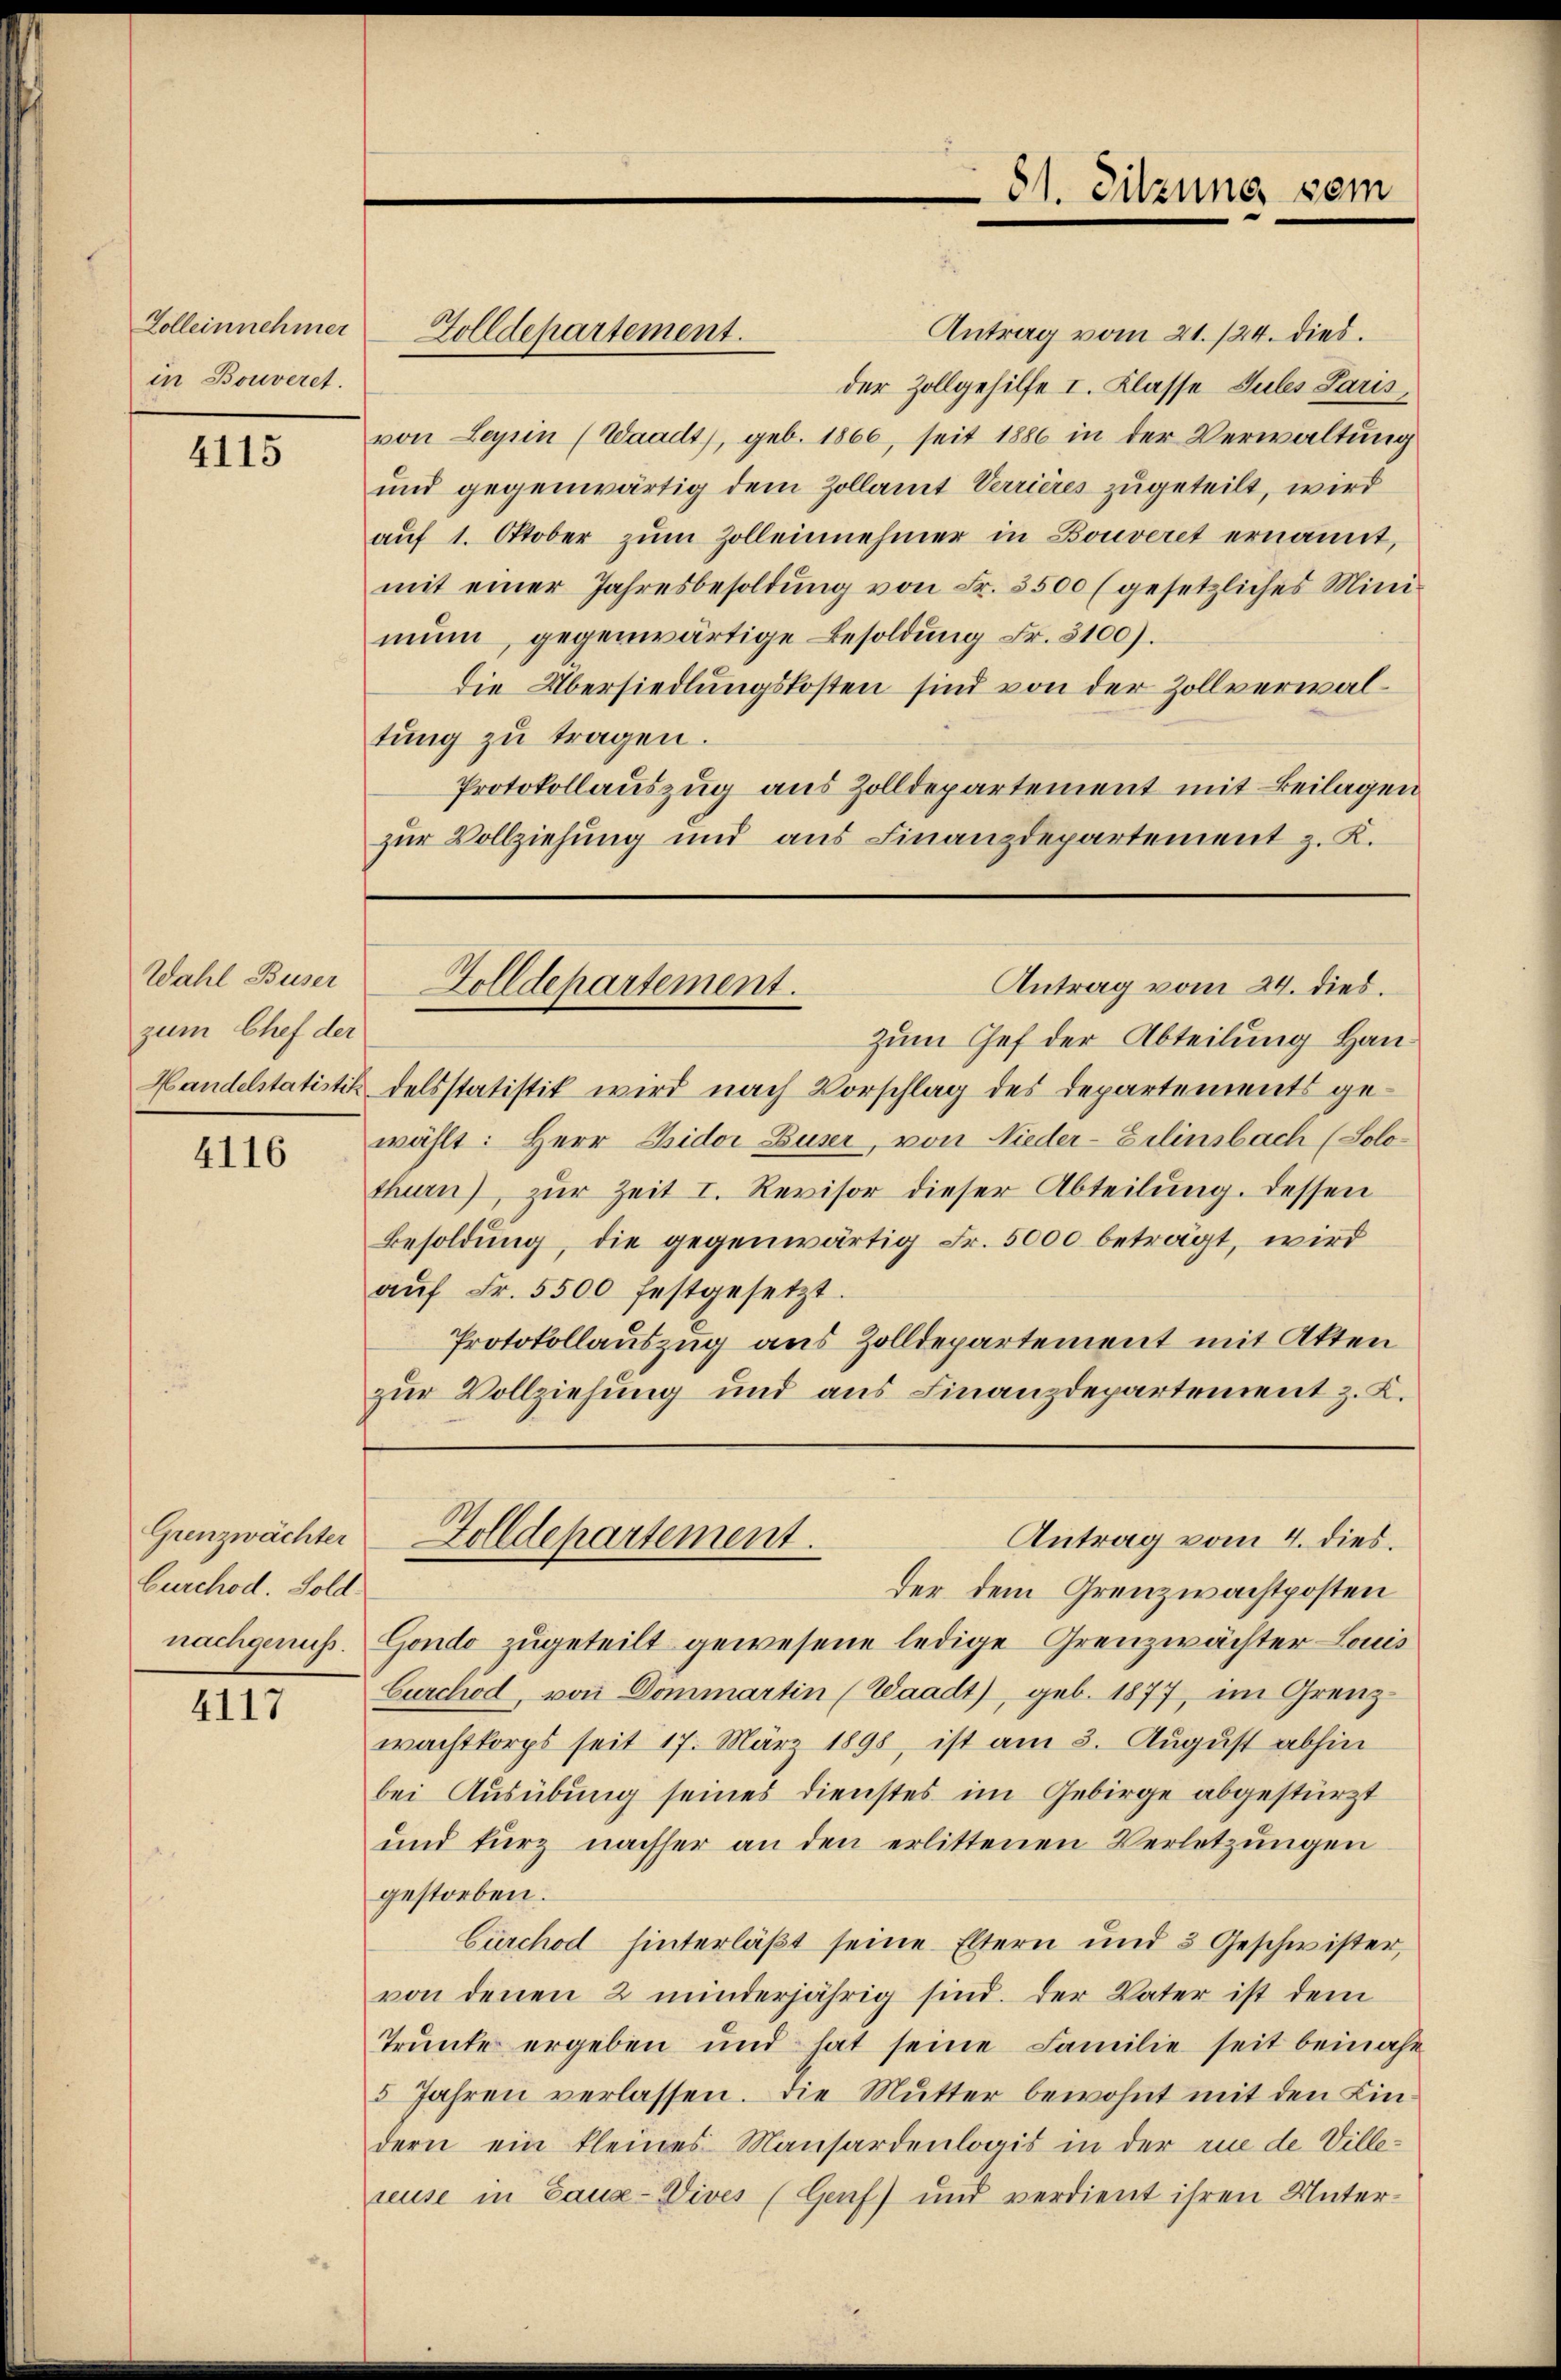
Zolleinnehmer
in Bouveret.

4115

Wahl Buser
zum Chef der
Handelstatistik

4116

Grenzwächter
burchod. Sold
nachgenuß.

4117

Antrag vom 21. 124. dies.
der Zollgehilfe I. Klasse Jules Paris,
von Leyrin (Waadt, geb. 1866, seit 1886 in der Verwaltung
und gegenwärtig dem Zollamt Verrières zugeteilt, wird
aŭf 1. Oktober zŭm Zollennehmer in Bouveret ernannt,
mit einer Jahresbesoldŭng von Fr. 3500 (gesetzliches Mini-
mun, gegenwärtige Besoldung Fr. 5100).
die Übersiedlungskosten sind von der Zollverwaltung zu tragen.
Protokollauszug aus Zolldepartement mit Beilagen
zur Vollziehung und aus Finanzdepartement z. K.

Golldepartement.

81. Sitzung sein

Antrag vom 24. dies.
Golldepartement.

zum Chef der Abteilung Handelsstatistik wird nach Vorschlag des Departements gewählt: Herr Bidor Buser, von Nieder-Zelinsbach (Solothurn), zur Zeit I. Revisor dieser Abteilung. Dessen
Besoldung, die gegenwärtig Fr. 5000 beträgt, wird
aŭf Fr. 5500 festgesetzt.
Protokollauszug aus Zolldepartement mit Akten
zur Vollziehung und aus Finanzdepartement z. K.

Antrag vom 4. dies.
Golldepartement.

der dem Grenzwachtposten
Gondo zugeteilt gewesene ledige Grenzwächter Louis
Curchod, von Dommartin (Waadt), geb. 1877, im Grenzwachtkorps seit 17. März 1898, ist am 3. August abhin
bei Ausübung seines Dienstes im Gebirge abgestürzt
und kurz nachher an den erlittenen Verletzungen
gestorben.
Cürchod hinterläßt seine Eltern und 3 Geschwister,
von denen 2 minderjährig sind. Der Vater ist dem
Trunke ergeben und hat seine Familie seit beinahe
3 Jahren verlassen. Die Mutter bewohnt mit den Kindern ein kleines Mansardenlogis in der rue de Ville-
reuse in Laus-Vives (Genf) und verdient ihren Unter-